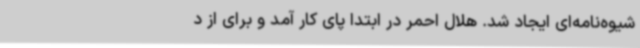
شیوه‌نامه‌ای ایجاد شد. هلال احمر در ابتدا پای کار آمد و برای از د